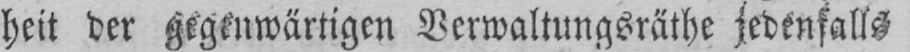
heit der gegenwärtigen Verwaltungsräthe jedenfalls